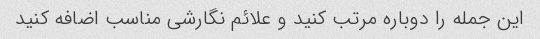
این جمله را دوباره مرتب کنید و علائم نگارشی مناسب اضافه کنید